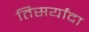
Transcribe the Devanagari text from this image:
तिसर्यांदा